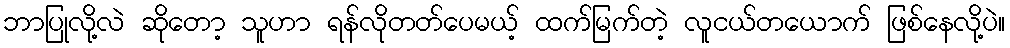
ဘာပြုလို့လဲ ဆိုတော့ သူဟာ ရန်လိုတတ်ပေမယ့် ထက်မြက်တဲ့ လူငယ်တယောက် ဖြစ်နေလို့ပဲ။